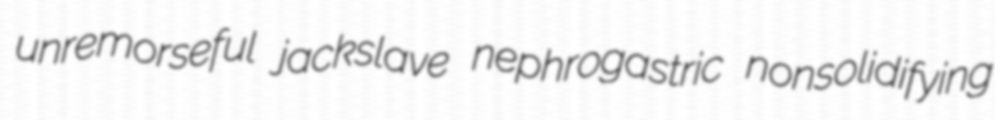
unremorseful jackslave nephrogastric nonsolidifying